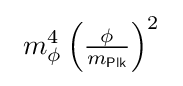
\ m_{\mathrm {\phi } }^{4}\left({\tfrac {\mathrm {\phi } }{m_{\mathsf {Plk}}}}\right)^{2}\